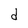
Character: d